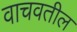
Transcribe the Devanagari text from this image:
वाचवतील